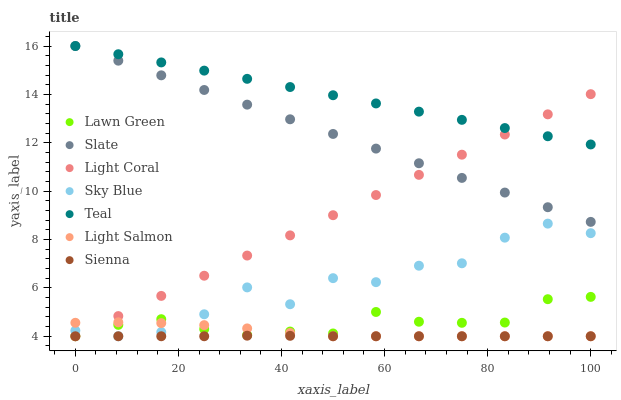
| xaxis_label | Lawn Green | Slate | Light Coral | Sky Blue | Teal | Light Salmon | Sienna |
 | --- | --- | --- | --- | --- | --- | --- | --- |
 | 0 | 4 | 16 | 4 | 4.23 | 16 | 4.56 | 4 |
 | 8.33 | 4.47 | 15.4 | 4.83 | 4 | 15.7 | 4.58 | 4 |
 | 16.7 | 4.71 | 14.8 | 5.67 | 4.17 | 15.3 | 4.54 | 4 |
 | 25 | 4.3 | 14.2 | 6.5 | 4.91 | 15 | 4.46 | 4 |
 | 33.3 | 4.05 | 13.6 | 7.34 | 6.02 | 14.6 | 4.32 | 4.02 |
 | 41.7 | 4.19 | 13 | 8.17 | 5.32 | 14.3 | 4.14 | 4.02 |
 | 50 | 4.11 | 12.4 | 9 | 6.4 | 14 | 4 | 4 |
 | 58.3 | 5 | 11.8 | 9.84 | 6.24 | 13.6 | 4 | 4 |
 | 66.7 | 4.6 | 11.2 | 10.7 | 6.92 | 13.3 | 4 | 4 |
 | 75 | 4.56 | 10.5 | 11.5 | 7.02 | 12.9 | 4 | 4 |
 | 83.3 | 4.57 | 9.94 | 12.3 | 8.08 | 12.6 | 4 | 4 |
 | 91.7 | 5.53 | 9.33 | 13.2 | 8.66 | 12.3 | 4 | 4 |
 | 100 | 5.63 | 8.73 | 14 | 8.26 | 11.9 | 4 | 4 |